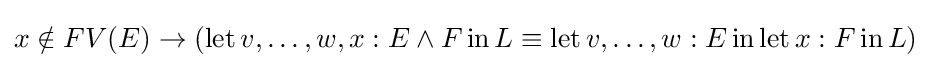
x\notin FV(E)\to (\operatorname {let} v,\dots ,w,x:E\land F\operatorname {in} L\equiv \operatorname {let} v,\dots ,w:E\operatorname {in} \operatorname {let} x:F\operatorname {in} L)